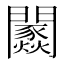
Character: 𨷢